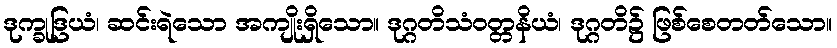
ဒုက္ခုဒြယံ၊ ဆင်းရဲသော အကျိုးရှိသော။ ဒုဂ္ဂတိသံဝတ္တနိယံ၊ ဒုဂ္ဂတိ၌ ဖြစ်စေတတ်သော။